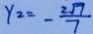
y _ { 2 } = - \frac { 2 \sqrt { 7 } } { 7 }